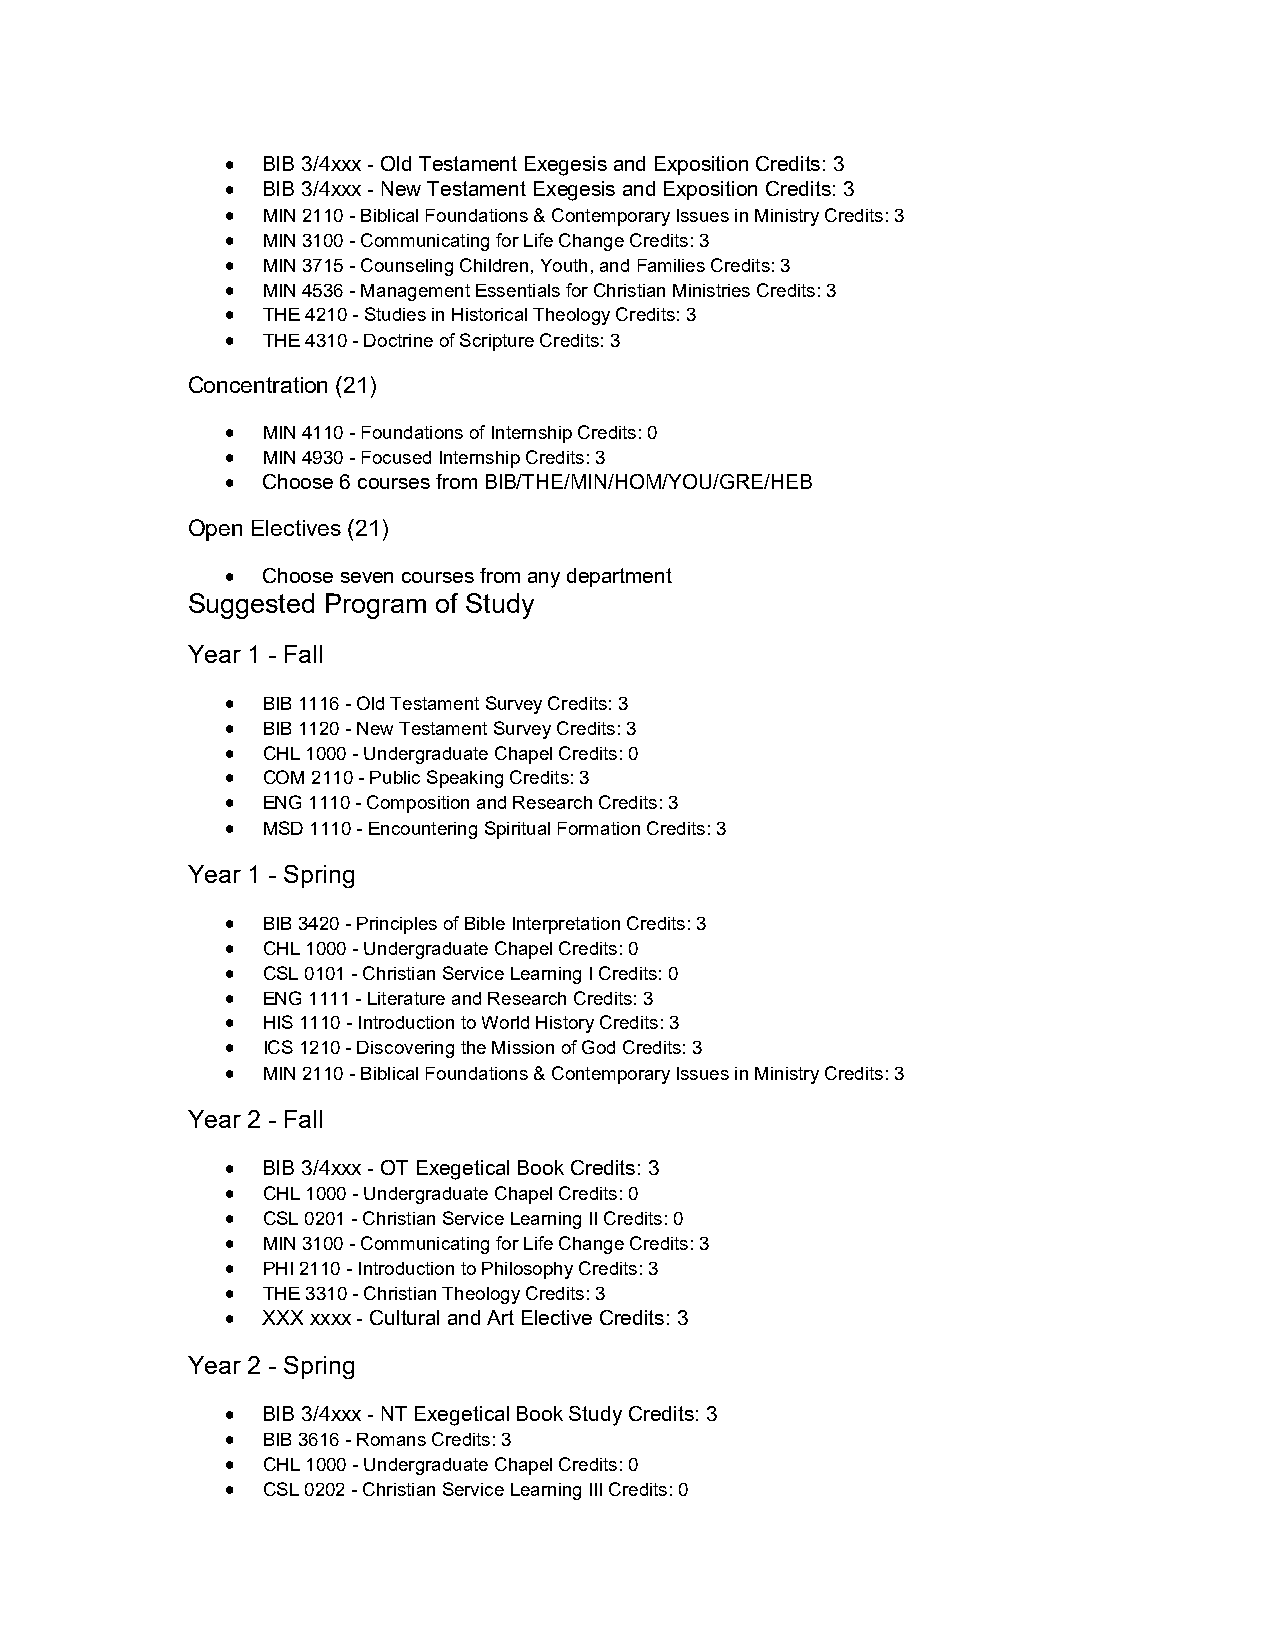
 BIB 3/4xxx - Old Testament Exegesis and Exposition Credits: 3
  BIB 3/4xxx - New Testament Exegesis and Exposition Credits: 3
  MIN 2110 - Biblical Foundations & Contemporary Issues in Ministry Credits: 3
  MIN 3100 - Communicating for Life Change Credits: 3
  MIN 3715 - Counseling Children, Youth, and Families Credits: 3
  MIN 4536 - Management Essentials for Christian Ministries Credits: 3
  THE 4210 - Studies in Historical Theology Credits: 3
  THE 4310 - Doctrine of Scripture Credits: 3
 Concentration (21)
  MIN 4110 - Foundations of Internship Credits: 0
  MIN 4930 - Focused Internship Credits: 3
  Choose 6 courses from BIB/THE/MIN/HOM/YOU/GRE/HEB
 Open Electives (21)
  Choose seven courses from any department
 Suggested Program of Study
 Year 1 - Fall
  BIB 1116 - Old Testament Survey Credits: 3
  BIB 1120 - New Testament Survey Credits: 3
  CHL 1000 - Undergraduate Chapel Credits: 0
  COM 2110 - Public Speaking Credits: 3
  ENG 1110 - Composition and Research Credits: 3
  MSD 1110 - Encountering Spiritual Formation Credits: 3
 Year 1 - Spring
  BIB 3420 - Principles of Bible Interpretation Credits: 3
  CHL 1000 - Undergraduate Chapel Credits: 0
  CSL 0101 - Christian Service Learning I Credits: 0
  ENG 1111 - Literature and Research Credits: 3
  HIS 1110 - Introduction to World History Credits: 3
  ICS 1210 - Discovering the Mission of God Credits: 3
  MIN 2110 - Biblical Foundations & Contemporary Issues in Ministry Credits: 3
 Year 2 - Fall
  BIB 3/4xxx - OT Exegetical Book Credits: 3
  CHL 1000 - Undergraduate Chapel Credits: 0
  CSL 0201 - Christian Service Learning II Credits: 0
  MIN 3100 - Communicating for Life Change Credits: 3
  PHI 2110 - Introduction to Philosophy Credits: 3
  THE 3310 - Christian Theology Credits: 3
  XXX xxxx - Cultural and Art Elective Credits: 3
 Year 2 - Spring
  BIB 3/4xxx - NT Exegetical Book Study Credits: 3
  BIB 3616 - Romans Credits: 3
  CHL 1000 - Undergraduate Chapel Credits: 0
  CSL 0202 - Christian Service Learning III Credits: 0